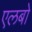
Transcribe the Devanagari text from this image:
एलबो